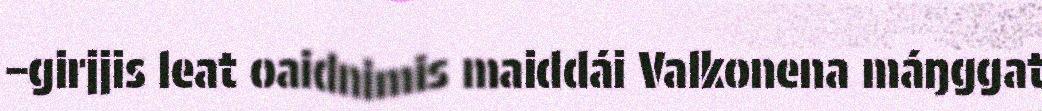
–girjjis leat oaidnimis maiddái Valkonena máŋggat